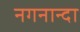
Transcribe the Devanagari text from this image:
नगनान्दा